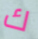
ك